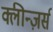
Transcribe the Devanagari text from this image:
क्लीन्ज़र्स